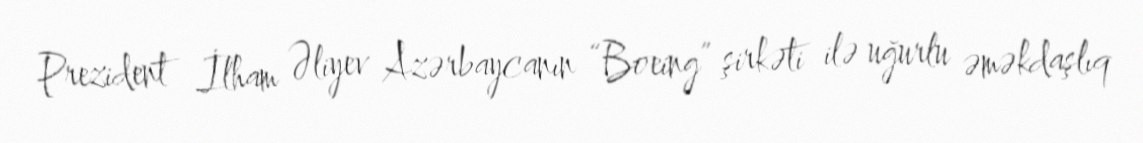
Prezident İlham Əliyev Azərbaycanın “Boeing” şirkəti ilə uğurlu əməkdaşlıq